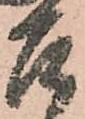
召